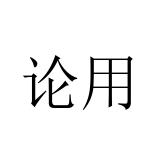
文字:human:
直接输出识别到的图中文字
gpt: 论用